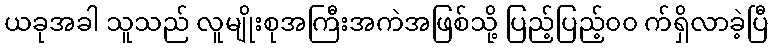
ယခုအခါ သူသည် လူမျိုးစုအကြီးအကဲအဖြစ်သို့ ပြည့်ပြည့်၀၀ က်ရှိလာခဲ့ပြီ